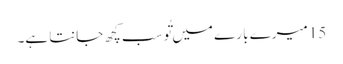
15 میرے با رے میں تُو سب کچھ جانتا ہے۔